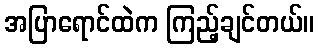
အပြာရောင်ထဲက ကြည့်ချင်တယ်။